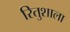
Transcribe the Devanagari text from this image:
रितुशाला